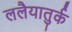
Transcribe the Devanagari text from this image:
ललैयातुर्क